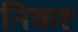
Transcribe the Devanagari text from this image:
निकष्ट